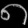
Digit: ၈